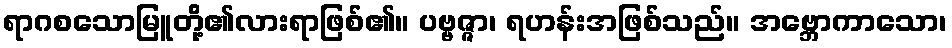
ရာဂစသောမြူတို့၏လားရာဖြစ်၏။ ပဗ္ဗဇ္ဇာ၊ ရဟန်းအဖြစ်သည်။ အဗ္ဘောကာသော၊